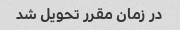
در زمان مقرر تحویل شد